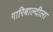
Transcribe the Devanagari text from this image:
गारिबाल्दीला